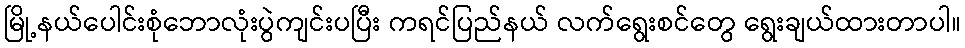
မြို့နယ်ပေါင်းစုံဘောလုံးပွဲကျင်းပပြီး ကရင်ပြည်နယ် လက်ရွေးစင်တွေ ရွေးချယ်ထားတာပါ။